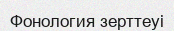
Фонология зерттеуі